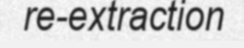
re-extraction